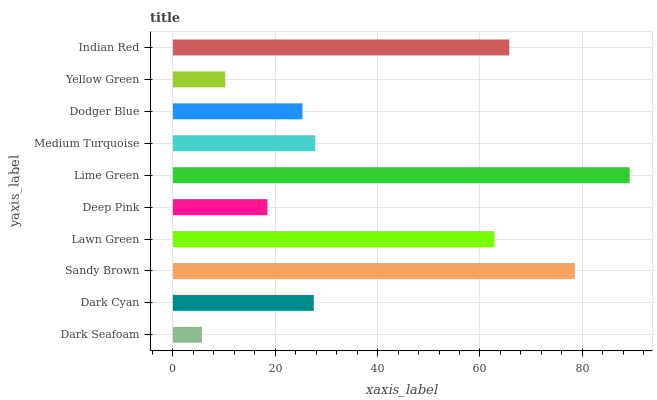
| yaxis_label | bars |
 | --- | --- |
 | Dark Seafoam | 5.68 |
 | Dark Cyan | 27.5 |
 | Sandy Brown | 78.5 |
 | Lawn Green | 62.8 |
 | Deep Pink | 18.5 |
 | Lime Green | 89.2 |
 | Medium Turquoise | 27.8 |
 | Dodger Blue | 25.3 |
 | Yellow Green | 10.2 |
 | Indian Red | 65.7 |